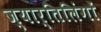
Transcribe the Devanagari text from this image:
ज्यार्तिलिंगों